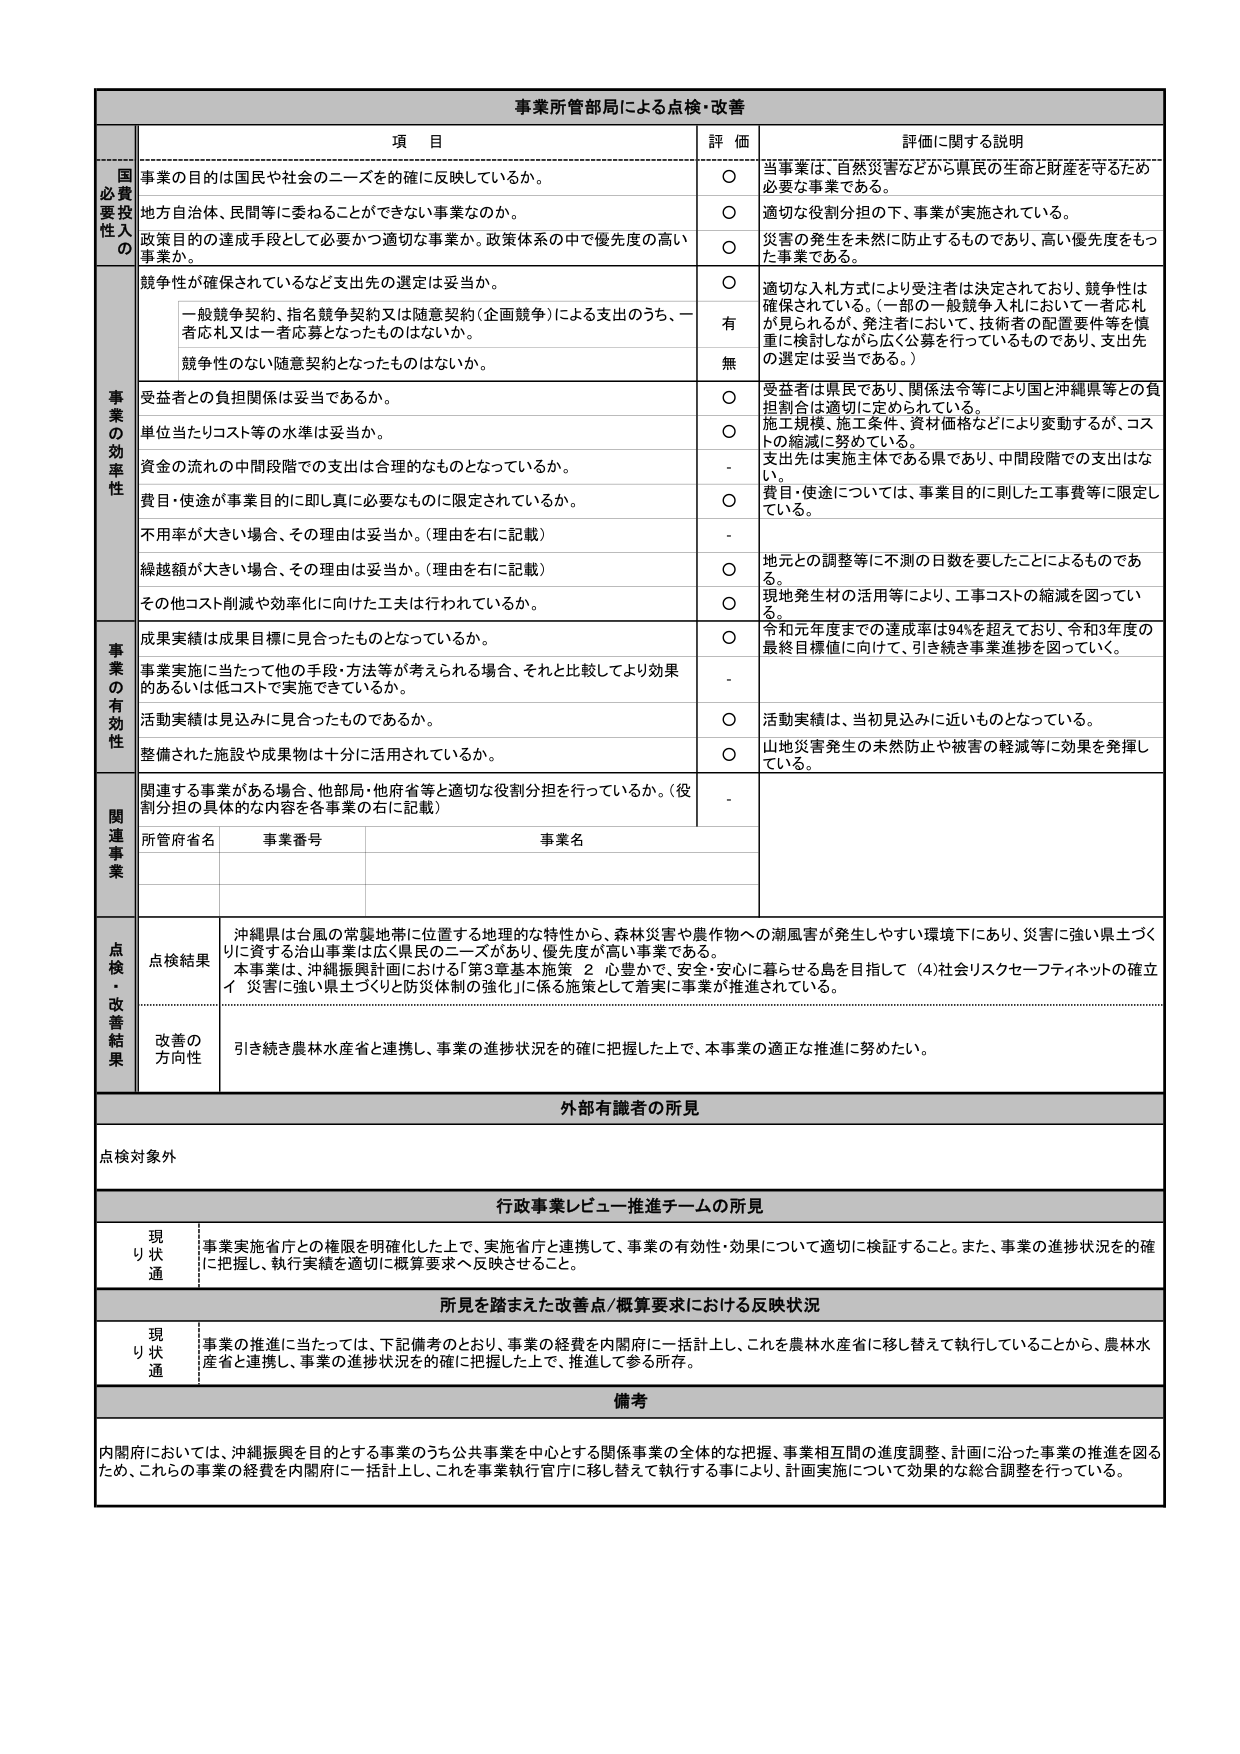
事業所管部局による点検・改善

項 目 評 価 詳細に関する説明

国必要性の投資
事業の目的は国民や社会のニーズの確に反映しているか。
○ 当事業は、自然災害などから県民の生命と財産を守るため必要な事業である。
地方自治体、民間等に委ねることができない事業なのか。
○ 適切な役割分担の下、事業が実施されている。
政策目的の達成手段として必要かつ適切な事業か、政策体系の中で優先度の高い事業か。
○ 災害の発生を未然に防止するものであり、高い優先度をもった事業である。

事業の効率性
競争性が確保されているなど支出先の選定は妥当か。
○ 適切な入札方式により受注者は決定されており、競争性は確保されている。（一部の一般競争入札において一者応札が見られるが、発注者において、技術者の配置要件等を慎重に検討しながら広く公募を行っているものであり、支出先の選定は妥当である。）
一般競争契約、指名競争契約又は随意契約（企画競争）による支出のうち、一者応札又は一者応募となったものはないか。
有
競争性のない随意契約となったものはないか。
無
受益者との負担関係は妥当であるか。
○ 受益者は県民であり、関係法令等により国と沖縄県等との負担割合は適切に定められている。
単位当たりコスト等の水準は妥当か。
○ 施工規模、施工条件、資材価格などにより変動するが、コストの縮減に努めている。
資金の流れの中間段階での支出は合理的なものとなっているか。
- 支出先は実施主体である県であり、中間段階での支出はない。
費目・使途が事業目的に即し真に必要なものに限定されているか。
○ 費目・使途については、事業目的に則した工事費等に限定している。
不用率が大きい場合、その理由は妥当か。（理由を右に記載）
-
繰越額が大きい場合、その理由は妥当か。（理由を右に記載）
○ 地元との調整等に不測の日数を要したことによるものである。
その他コスト削減や効率化に向けた工夫は行われているか。
○ 現地発生材の活用等により、工事コストの縮減を図っている。

事業の有効性
成果実績は成果目標に見合ったものとなっているか。
○ 令和元年度までの達成率は94%を超えており、令和3年度の最終目標値に向けて、引き続き事業進捗を図っていく。
事業実施に当たって他の手段・方法等が考えられる場合、それと比較してより効果のあるいは低コストで実施できているか。
-
活動実績は見込みに見合ったものであるか。
○ 活動実績は、当初見込みに近いものとなっている。
整備された施設や成果物は十分に活用されているか。
○ 山地災害発生の未然防止や被害の軽減等に効果を発揮している。

関連事業
関連する事業がある場合、他部局・他府省等と適切な役割分担を行っているか。（役割分担の具体的な内容を各事業の右に記載）
-
所管府省名 事業番号 事業名

点検・改善結果
点検結果 沖縄県は台風の常襲地帯に位置する地理的な特性から、森林災害や農作物への潮風害が発生しやすい環境下にあり、災害に強い県土づくりに資する治山事業は広く県民のニーズがあり、優先度が高い事業である。本事業は、沖縄振興計画における第3章基本施策 2 心豊かで、安全・安心に暮らせる島を目指して（4）社会リスクセーフティネットの確立イ 災害に強い県土づくりと防災体制の強化」に係る施策として着実に事業が推進されている。
改善の方向性 引き続き農林水産省と連携し、事業の進捗状況を的確に把握した上で、本事業の適正な推進に努めたい。

外部有識者の所見
点検対象外

行政事業レビュー推進チームの所見
現り状適 事業実施省庁との権限を明確化した上で、実施省庁と連携して、事業の有効性・効果について適切に検証すること。また、事業の進捗状況を的確に把握し、執行実績を適切に概算要求へ反映させること。

所見を踏まえた改善点／概算要求における反映状況
現り状適 事業の推進に当たっては、下記備考のとおり、事業の経費を内閣府に一括計上し、これを農林水産省に移し替えて執行していることから、農林水産省と連携し、事業の進捗状況を的確に把握した上で、推進して参る所存。

備考
内閣府においては、沖縄振興を目的とする事業のうち公共事業を中心とする関係事業の全体的な把握、事業相互間の進度調整、計画に沿った事業の推進を図るため、これらの事業の経費を内閣府に一括計上し、これを事業執行官庁に移し替えて執行する事により、計画実施について効果的な総合調整を行っている。